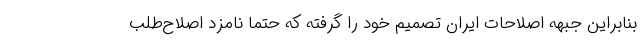
بنابراین جبهه اصلاحات ایران تصمیم خود را گرفته که حتما نامزد اصلاح‌طلب